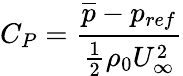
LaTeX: {\displaystyle C_{P}=\frac{\overline{{p}}-p_{ref}}{\frac{1}{2}\rho_{0}U_{\infty}^{2}}}